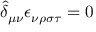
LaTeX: \hat { \delta } _ { \mu \nu } \epsilon _ { \nu \rho \sigma \tau } = 0